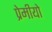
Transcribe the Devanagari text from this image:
प्रेमीयो